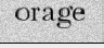
orage